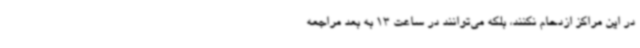
در این مراکز ازدحام نکنند، بلکه می‌توانند در ساعت 13 به بعد مراجعه